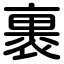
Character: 裹